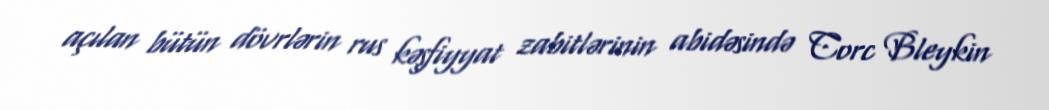
açılan bütün dövrlərin rus kəşfiyyat zabitlərinin abidəsində Corc Bleykin